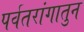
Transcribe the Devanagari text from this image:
पर्वतरांगातुन